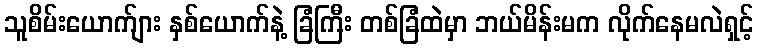
သူစိမ်းယောက်ျား နှစ်ယောက်နဲ့ ခြံကြီး တစ်ခြံထဲမှာ ဘယ်မိန်းမက လိုက်နေမလဲရှင့်